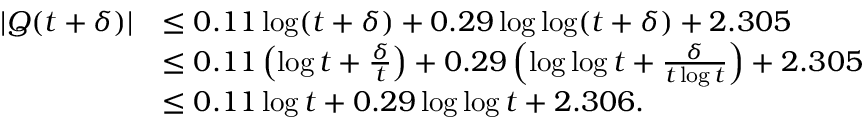
\begin{array} { r l } { | Q ( t + \delta ) | } & { \le 0 . 1 1 \log ( t + \delta ) + 0 . 2 9 \log \log ( t + \delta ) + 2 . 3 0 5 } \\ & { \le 0 . 1 1 \left( \log t + \frac { \delta } { t } \right) + 0 . 2 9 \left( \log \log t + \frac { \delta } { t \log t } \right) + 2 . 3 0 5 } \\ & { \le 0 . 1 1 \log t + 0 . 2 9 \log \log t + 2 . 3 0 6 . } \end{array}